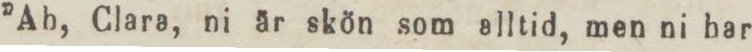
”Ah, Clara, ni är skön som alltid, men ni har